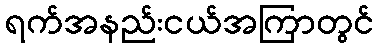
ရက်အနည်းငယ်အကြာတွင်